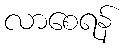
လာစေရန်